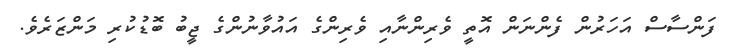
ފަންސާސް އަހަރުން ފެންނަން އޮތީ ވެރިންނާއި ވެރިންގެ އައުވާނުންގެ ޖީބު ބޮޑުކުރި މަންޒަރެވެ.